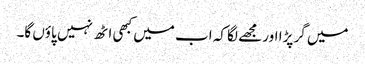
میں گر پڑا اور مجھے لگا کہ اب میں کبھی اٹھ نہیں پاؤں گا۔